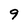
Character: 9